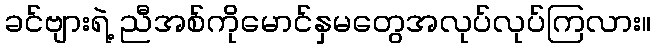
ခင်ဗျားရဲ့ ညီအစ်ကိုမောင်နှမတွေအလုပ်လုပ်ကြလား။